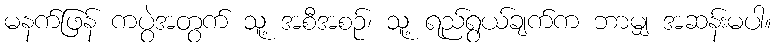
မနက်ဖြန် ကပွဲအတွက် သူ့ အစီအစဉ်၊ သူ့ ရည်ရွယ်ချက်က ဘာမျှ အဆန်းမပါ။